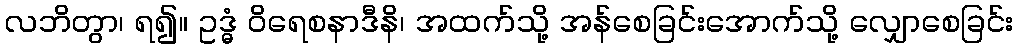
လဘိတွာ၊ ရ၍။ ဥဒ္ဓံ ဝိရေစနာဒီနိ၊ အထက်သို့ အန်စေခြင်းအောက်သို့ လျှောစေခြင်း